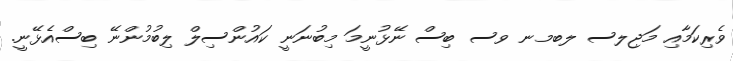
ވެރިކަމާއި މަޖިލސ ލބމނ ވސ ބިސް ނޭޅުނީމަ މިބުނަނީ ކައުންސިލް ލިބުމުންނޭ ބިސްއެޅޭނީ.